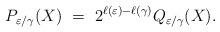
LaTeX: \begin{align*} P_{\varepsilon/\gamma} (X) \ = \ 2^{\ell(\varepsilon) - \ell(\gamma)} Q_{\varepsilon/\gamma} (X) . \end{align*}